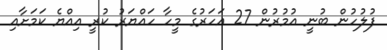
ފުލުހުން ބުނީ އުމުރުން 27 އަހަރުގެ މީހާ ހައްޔަރު ކުރީ އިއްޔެ ކަމަށާއި